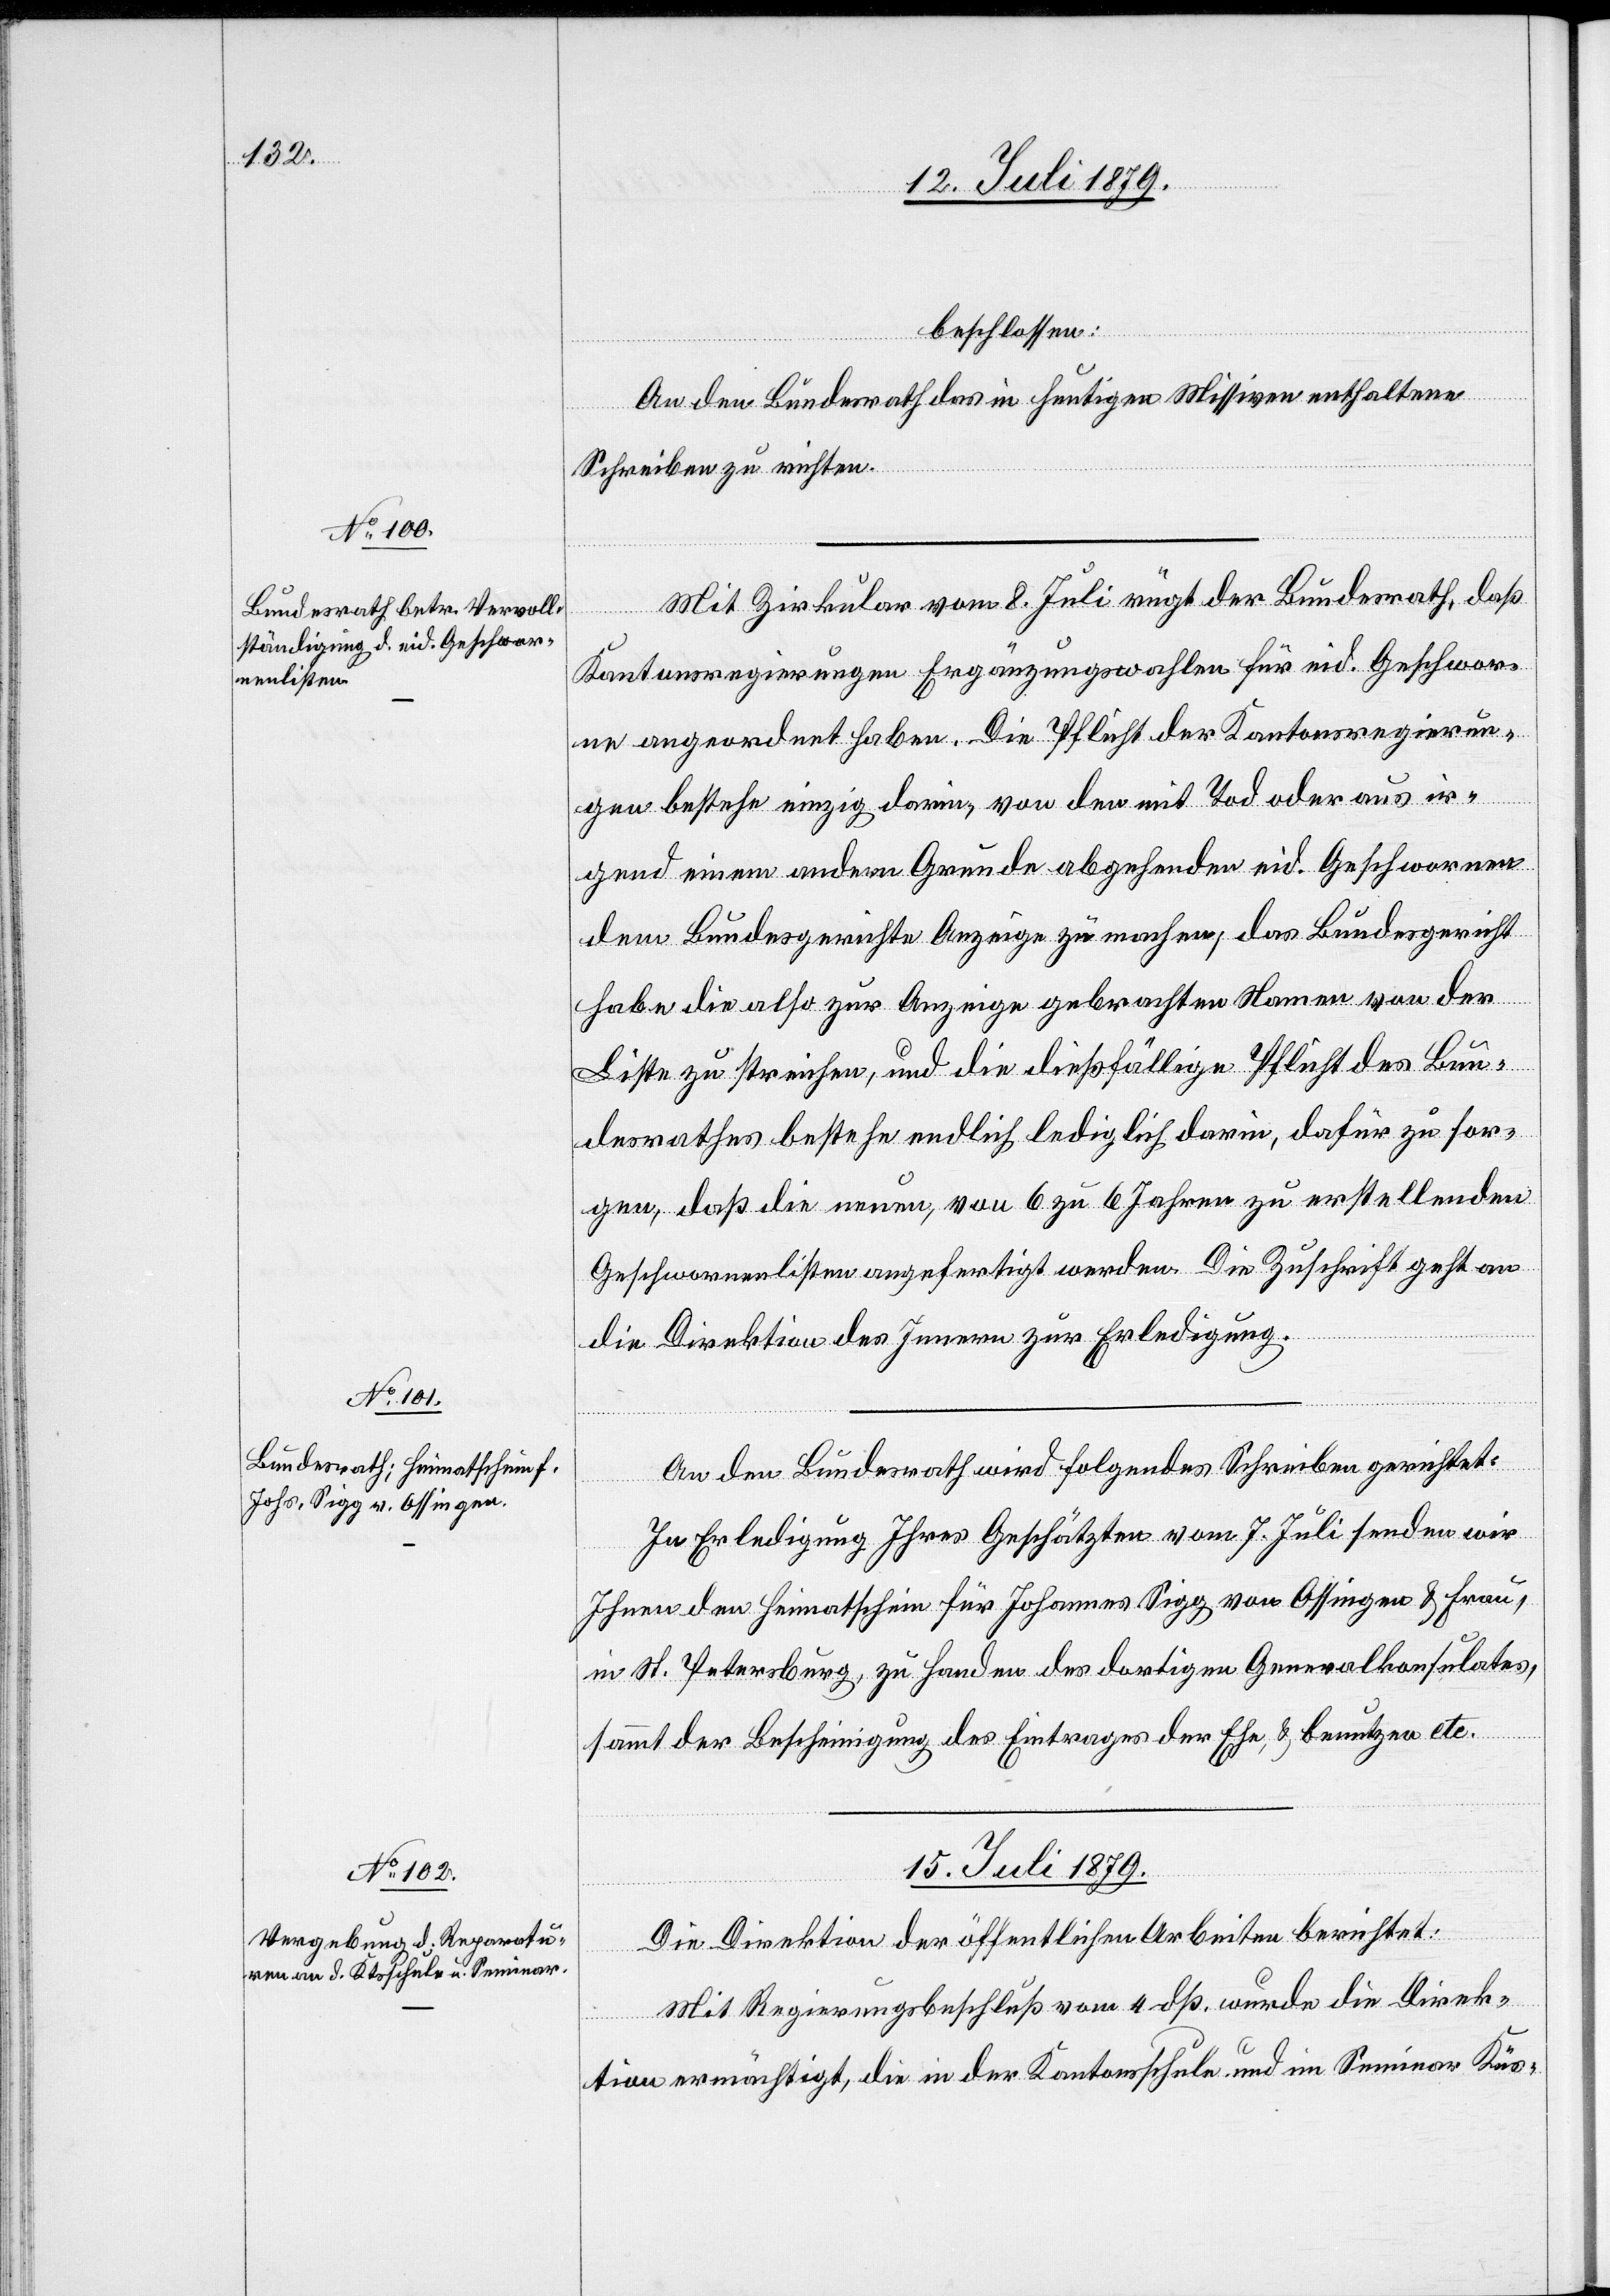
beschlossen:
An den Bundesrath das in heutigen Missiven enthaltene
Schreiben zu richten.
Mit Zirkular vom 8. Juli rügt der Bundesrath, daß
Kantonsregierungen Ergänzungswahlen für eid. Geschwor¬
ne angeordnet haben. Die Pflicht der Kantonsregierun¬
gen bestehe einzig darin, von den mit Tod oder aus ir¬
gend einem andern Grund abgehenden eid. Geschwornen
dem Bundesgerichte Anzeige zu machen, das Bundesgericht
habe die also zur Anzeige gebrachten Namen von der
Liste zu streichen, und die dießfällige Pflicht des Bun¬
desrathes bestehe endlich lediglich darin, dafür zu sor¬
gen, daß die neuen, von 6 zu 6 Jahren zu erstellenden
Geschwornenlisten angefertigt werden. Die Zuschrift geht an
die Direktion des Innern zur Erledigung.
An den Bundesrath wird folgendes Schreiben gerichtet:
In Erledigung Ihres Geschätzten vom 7. Juli senden wir
Ihnen den Heimatschein für Johannes Sigg von Ossingen & Frau,
in St. Petersburg, zu Handen des dortigen Generalkonsulates,
sammt der Bescheinigung des Eintrages der Ehe, & benutzen etc.
15. Juli 1879.
Die Direktion der öffentlichen Arbeiten berichtet:
Mit Regierungsbeschluß vom 4. dß. wurde die Direk¬
tion ermächtigt, die in der Kantonsschule und im Seminar Küs-